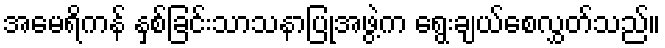
အမေရိကန် နှစ်ခြင်းသာသနာပြုအဖွဲ့က ရွေးချယ်စေလွှတ်သည်။